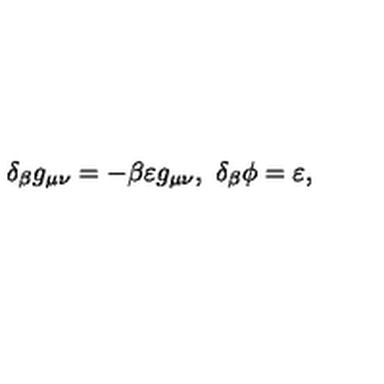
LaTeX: \delta _ { \beta } g _ { \mu \nu } = - \beta \varepsilon g _ { \mu \nu } , \ \delta _ { \beta } \phi = \varepsilon ,